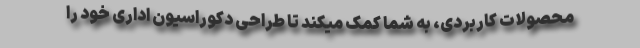
محصولات کاربردی، به شما کمک میکند تا طراحی دکوراسیون اداری خود را